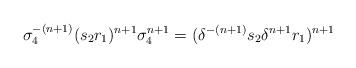
LaTeX: \begin{align*} \sigma_4^{-(n+1)} (s_2 r_1)^{n+1} \sigma_4^{n+1} = (\delta^{-(n+1)} s_2 \delta^{n+1} r_1)^{n+1}\end{align*}